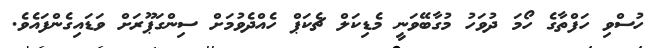
ހުސްވި ހަފްތާގެ ހޯމަ ދުވަހު މުގާބޭވަނީ މެޑިކަލް ޗެކަޕް ހެއްދެވުމަށް ސިންގަޕޫރަށް ވަޑައިގެންފައެވެ.